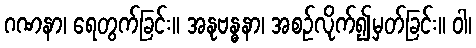
ဂဏနာ၊ ရေတွက်ခြင်း။ အနုဗန္ဓနာ၊ အစဉ်လိုက်၍မှတ်ခြင်း။ ဝါ၊